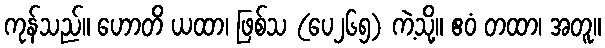
ကုန်သည်။ ဟောတိ ယထာ၊ ဖြစ်သ (ပေ၂၆၅) ကဲ့သို့။ ဧဝံ တထာ၊ အတူ။